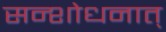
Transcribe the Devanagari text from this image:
सन्शोधनात्